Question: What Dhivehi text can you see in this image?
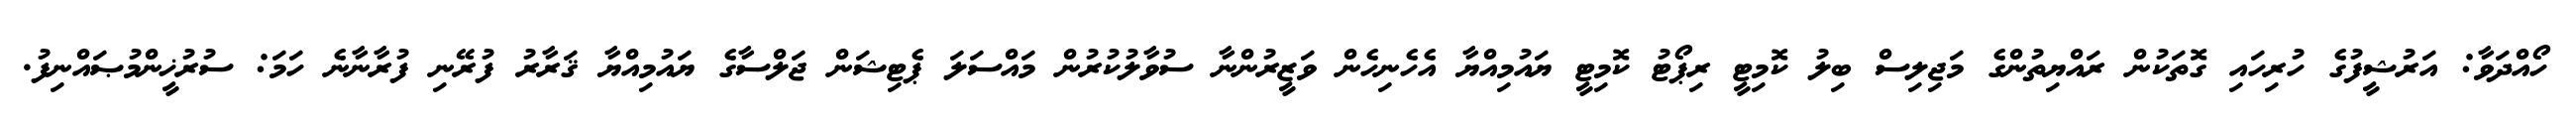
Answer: ހޯއްދަވާ: އަރުޝީފުގެ ހުރިހައި ގޮތަކުން ރައްޔިތުންގެ މަޖިލިސް ބިލު ކޮމިޓީ ރިޕޯޓު ކޮމިޓީ ޔައުމިއްޔާ އެހެނިހެން ވަޒީރުންނާ ސުވާލުކުރުން މައްސަލަ ޕެޓިޝަން ޖަލްސާގެ ޔައުމިއްޔާ ޤަރާރު ފުރޭނި ފުރާނާނެ ހަމަ: ސުރުޚީންމުޞައްނިފު.